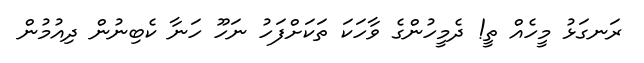
ރަނގަޅު މީހެއް ތީ! ދެމީހުންގެ ވާހަކަ ތަކަށްފަހު ނަހޫ ހަނާ ކެބިނުން ދިއުމުން